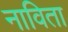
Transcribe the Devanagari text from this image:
नाविता